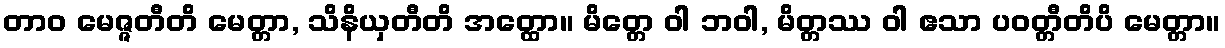
တာဝ မေဇ္ဇတီတိ မေတ္တာ, သိနိယှတီတိ အတ္ထော။ မိတ္တေ ဝါ ဘဝါ, မိတ္တဿ ဝါ ဧသာ ပဝတ္တီတိပိ မေတ္တာ။